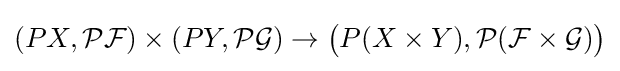
(PX,{\mathcal {PF}})\times (PY,{\mathcal {PG}})\to {\big (}P(X\times Y),{\mathcal {P(F\times G)}}{\big )}